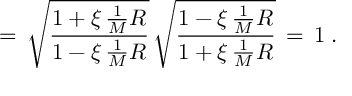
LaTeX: = \, \sqrt { \frac { 1 + \xi \, \frac { 1 } { M } R } { 1 - \xi \, \frac { 1 } { M } R } } \, \sqrt { \frac { 1 - \xi \, \frac { 1 } { M } R } { 1 + \xi \, \frac { 1 } { M } R } } \, = \, 1 \; .